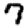
Digit: 7